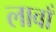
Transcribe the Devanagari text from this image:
लावाँ